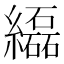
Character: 𦇒